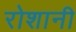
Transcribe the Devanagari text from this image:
रोशानी